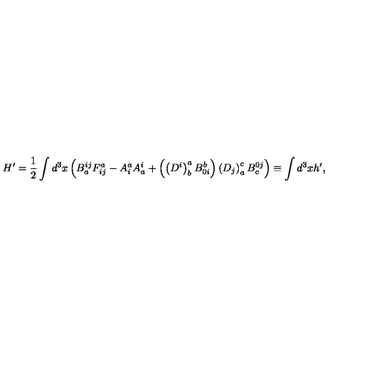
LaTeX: H ^ { \prime } = \frac 1 2 \int d ^ { 3 } x \left( B _ { a } ^ { i j } F _ { i j } ^ { a } - A _ { i } ^ { a } A _ { a } ^ { i } + \left( \left( D ^ { i } \right) _ { b } ^ { a } B _ { 0 i } ^ { b } \right) \left( D _ { j } \right) _ { a } ^ { c } B _ { c } ^ { 0 j } \right) \equiv \int d ^ { 3 } x h ^ { \prime } ,